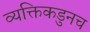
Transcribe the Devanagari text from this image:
व्यक्तिकडुनच